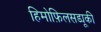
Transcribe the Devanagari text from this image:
हिमोफ़िलसड्यूकी